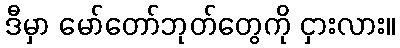
ဒီမှာ မော်တော်ဘုတ်တွေကို ငှားလား။